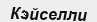
Кэйселли